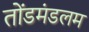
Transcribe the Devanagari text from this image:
तोंडमंडलम